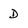
Character: D